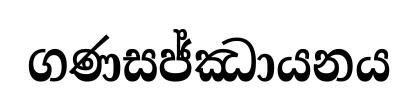
ගණසජ්ඣායනය